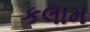
કલામ